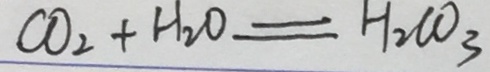
C O _ { 2 } + H _ { 2 } O = H _ { 2 } C O _ { 3 }